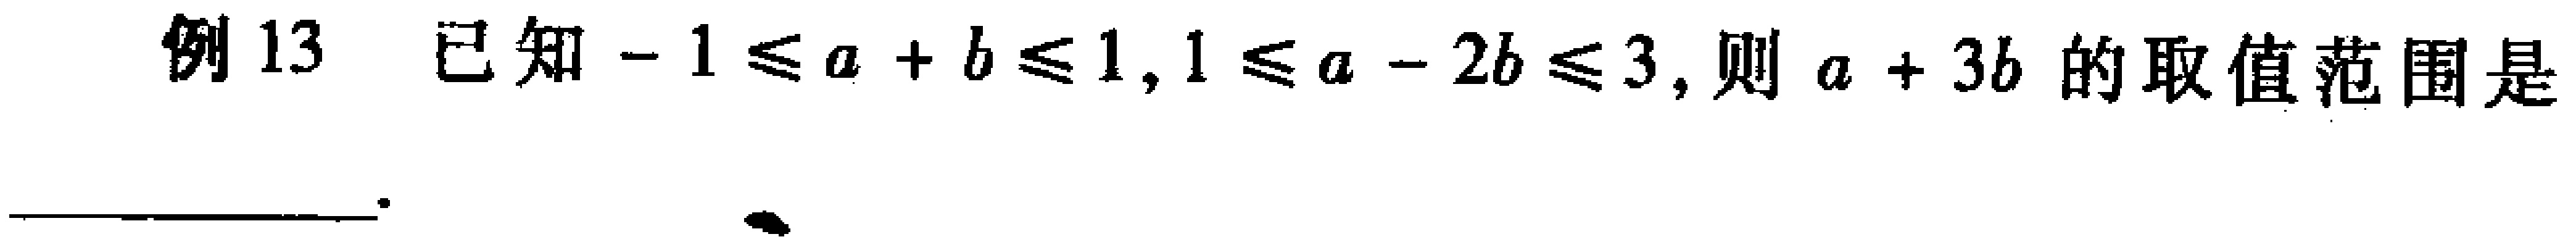
例13 已知\(-1\leqslant a + b\leqslant 1,1\leqslant a - 2b\leqslant 3\)，则\(a + 3b\)的取值范围是  。